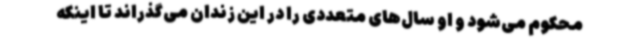
محکوم می‌شود و او سال‌های متعددی را در این زندان می‌گذراند تا اینکه